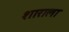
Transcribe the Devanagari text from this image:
शाराला